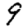
Digit: 9